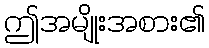
ဤအမျိုးအစား၏